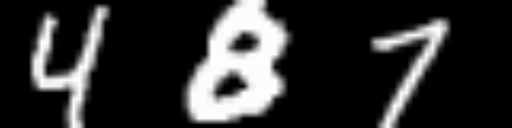
Text: 487